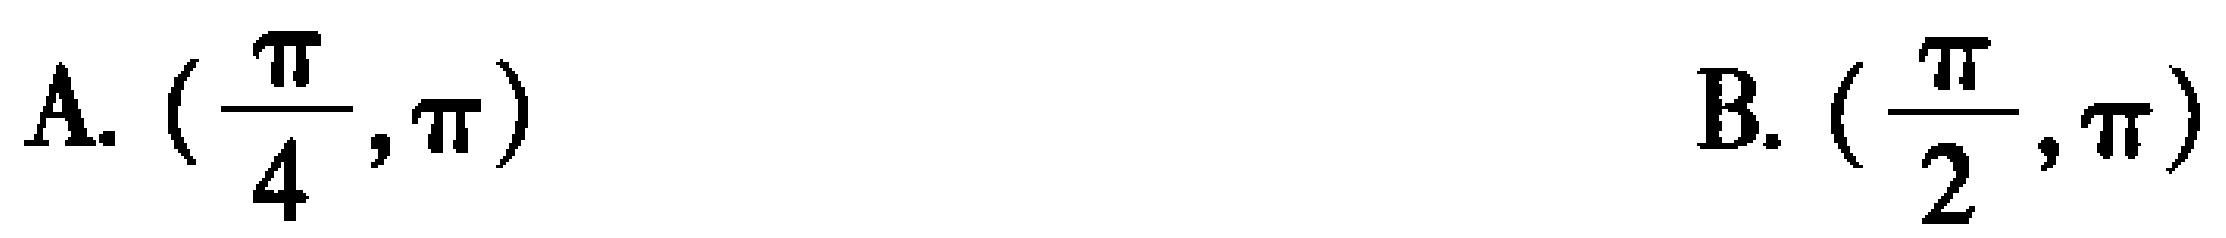
A. \((\frac{\pi}{4},\pi)\)
B. \((\frac{\pi}{2},\pi)\)